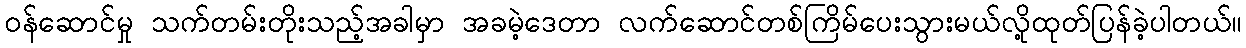
ဝန်ဆောင်မှု သက်တမ်းတိုးသည့်အခါမှာ အခမဲ့ဒေတာ လက်ဆောင်တစ်ကြိမ်ပေးသွားမယ်လို့ထုတ်ပြန်ခဲ့ပါတယ်။